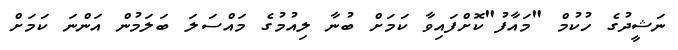
ނަޝީދުގެ ހުކުމް "މައާފު"ކޮށްފައިވާ ކަމަށް ބުނާ ލިއުމުގެ މައްސަލަ ބަލަމުން އަންނަ ކަމަށް